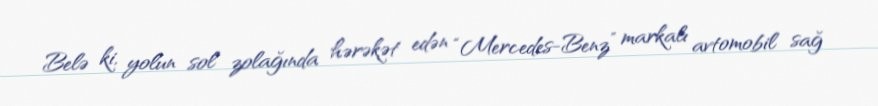
Belə ki, yolun sol zolağında hərəkət edən “Mercedes-Benz” markalı avtomobil sağ